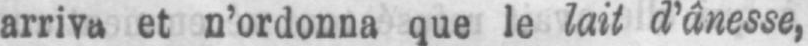
arriva et n’ordonna que le lait d’ânesse,